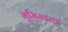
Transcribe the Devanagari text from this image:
भूमिस्वत्व